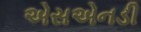
એસએનડી